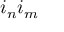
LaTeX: i _ { n } i _ { m }